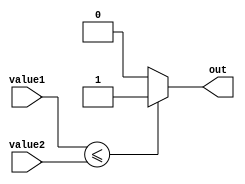
module less_than_or_equal_to_comparator(
    input [7:0] value1,
    input [7:0] value2,
    output reg out
);

always @(value1 or value2) begin
    if (value1 <= value2) begin
        out <= 1;
    end else begin
        out <= 0;
    end
end

endmodule